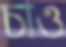
চাও